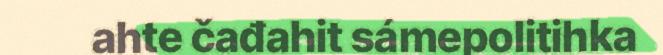
ahte čađahit sámepolitihka